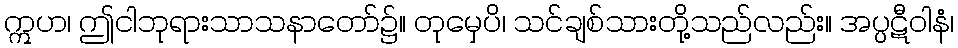
ဣဟ၊ ဤငါဘုရားသာသနာတော်၌။ တုမှေပိ၊ သင်ချစ်သားတို့သည်လည်း။ အပ္ပဋီဝါနံ၊